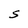
Character: S